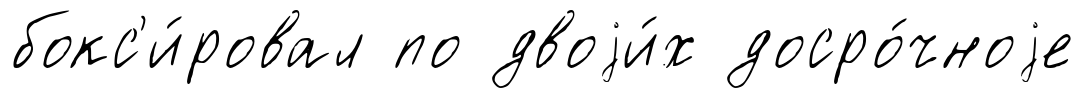
бокс'и́ровал по двоjи́х досро́чноjе